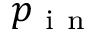
p _ { \mathrm { ~ i ~ n ~ } }